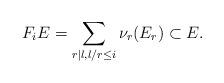
LaTeX: \begin{align*}F_iE = \sum_{r|l,l/r \leq i}\nu_r(E_r) \subset E.\end{align*}